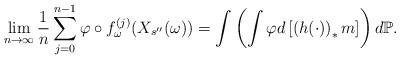
LaTeX: \begin{align*}\lim _{n\to \infty} \frac{1}{n} \sum ^{n-1} _{j=0} \varphi \circ f_{\omega} ^{(j)} (X_{s^{\prime \prime}}(\omega)) = \int \left(\int \varphi d\left[ \left( h(\cdot) \right) _* m\right] \right)d\mathbb P.\end{align*}